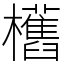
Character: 欍